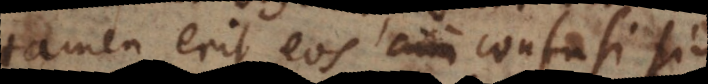
tamen erit eos cum confusi sint,